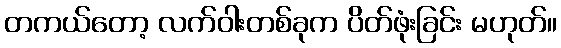
တကယ်တော့ လက်ဝါးတစ်ခုက ပိတ်ဖုံးခြင်း မဟုတ်။